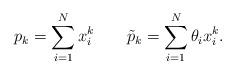
LaTeX: \begin{align*} p_k=\sum_{i=1}^N x_i^k\qquad\tilde p_k=\sum_{i=1}^N\theta_i x_i^k.\end{align*}